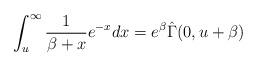
LaTeX: \begin{align*}\int_{u}^\infty \frac{1}{\beta+x}e^{-x}dx=e^{\beta}\hat{\Gamma}(0,u+\beta)\end{align*}